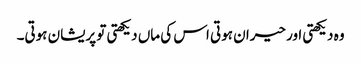
وہ دیکھتی اور حیران ہوتی اس کی ماں دیکھتی تو پریشان ہوتی۔